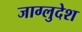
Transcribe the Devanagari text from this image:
जाग्लुदेश